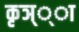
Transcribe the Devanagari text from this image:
कृञ््‌ा